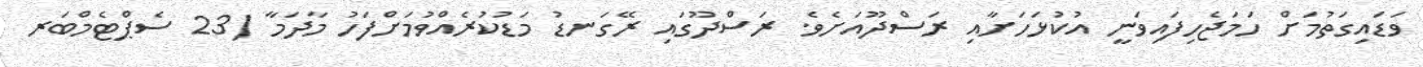
ވަޑައިގަތުމަށް ހަމަޖެހިފައިވަނީ އުކުޅަހަށާއި ރަސްދޫއަށެވެ. ރަސްދޫގައި ރޭގަނޑު މަޑުކުރެއްވުމަށްފަހު މާދަމާ (23 ސެޕްޓެމްބަރ